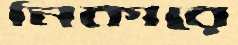
নিকারে